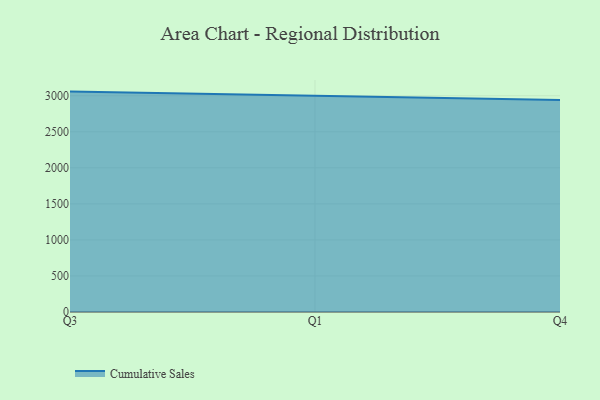
{"axis": {"x": "Quarter", "y": "Temperature (°C)"}, "legend": ["Cumulative Sales"], "data": [{"x": "Q3", "y": 3057.2, "type": "Cumulative Sales"}, {"x": "Q1", "y": 2997.9, "type": "Cumulative Sales"}, {"x": "Q4", "y": 2939.8, "type": "Cumulative Sales"}]}